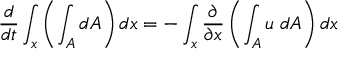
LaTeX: { \frac { d } { d t } } \int _ { x } \left( \int _ { A } d A \right) d x = - \int _ { x } { \frac { \partial } { \partial x } } \left( \int _ { A } u \; d A \right) d x